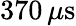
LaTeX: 370\, \mu\mathrm{s}